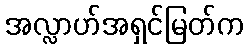
အလ္လာဟ်အရှင်မြတ်က